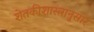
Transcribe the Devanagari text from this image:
शेतकीशास्त्रानुसार